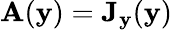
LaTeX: \mathbf{A}(\mathbf{y})=\mathbf{J}_{\mathbf{y}}(\mathbf{y})